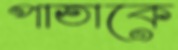
পাতাকে